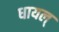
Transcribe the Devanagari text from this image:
धायल्